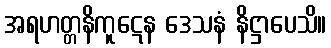
အရဟတ္တနိကူဋေန ဒေသနံ နိဋ္ဌာပေသိ။